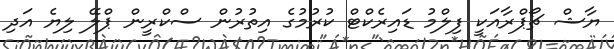
ޔާޝް ޗޯޕްރާއަކީ ފިލްމު ޑައިރެކްޓް ކުރުމުގެ އިތުރުން ސްކްރީން ޕްލޭ ލިޔެ އަދި